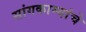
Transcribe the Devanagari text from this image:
सांगकाम्यांचे